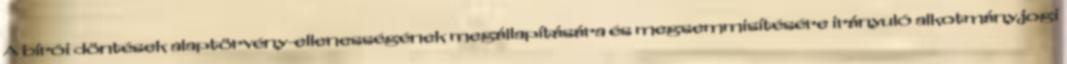
A bírói döntések alaptörvény-ellenességének megállapítására és megsemmisítésére irányuló alkotmányjogi